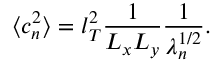
\langle c _ { n } ^ { 2 } \rangle = l _ { T } ^ { 2 } \frac { 1 } { L _ { x } L _ { y } } \frac { 1 } { \lambda _ { n } ^ { 1 / 2 } } .